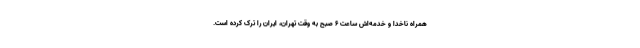
همراه ناخدا و خدمه‌اش ساعت ۶ صبح به وقت تهران، ایران را ترک کرده است.